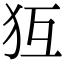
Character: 𤜷